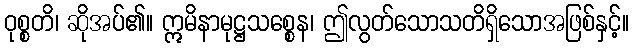
ဝုစ္စတိ၊ ဆိုအပ်၏။ ဣမိနာမုဋ္ဌသစ္စေန၊ ဤလွတ်သောသတိရှိသောအဖြစ်နှင့်။